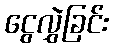
ငွေလွှဲခြင်း